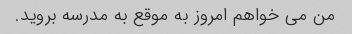
من می خواهم امروز به موقع به مدرسه بروید.